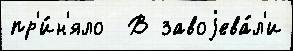
пр'и́н'яло  В завоjева́л'и